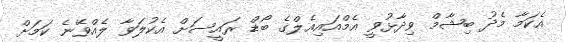
އެކަމާ މެދު ބިޝާމް ވިދާޅުވީ އެމްއައިއެލްގެ ބޯޑް ރައީސަށް އެކުލަވާ ލެއްވޭނެ ކަމަށް